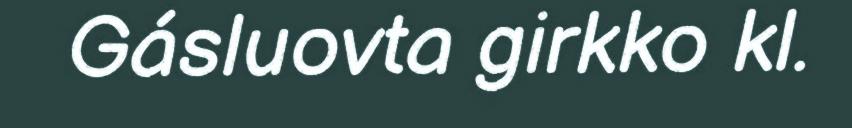
Gásluovta girkko kl.